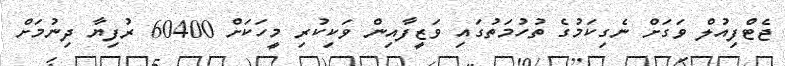
ޖެޓްފިއުލް ވަގަށް ނެގިކަމުގެ ތުހުމަތުގައި ވަޒީފާއިން ވަކިކުރި މީހަކަށް 60400 ރުފިޔާ ދިނުމަށް